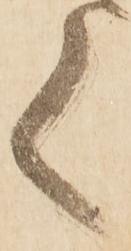
く